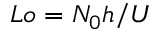
L o = N _ { 0 } h / U